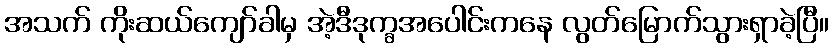
အသက် ကိုးဆယ်ကျော်ခါမှ အဲ့ဒီဒုက္ခအပေါင်းကနေ လွတ်မြောက်သွားရှာခဲ့ပြီ။